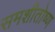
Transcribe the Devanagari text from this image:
समशीतोष्‍ण